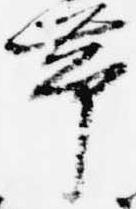
帯